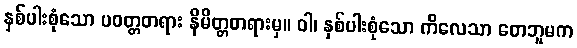
နှစ်ပါးစုံသော ပဝတ္တတရား နိမိတ္တတရားမှ။ ဝါ၊ နှစ်ပါးစုံသော ကိလေသာ တေဘူမက